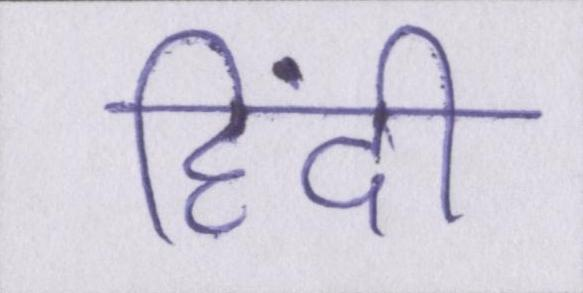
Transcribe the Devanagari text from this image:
हिंदी